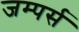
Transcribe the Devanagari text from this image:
जम्पर्स